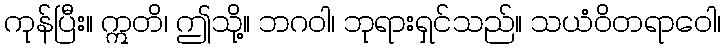
ကုန်ပြီး။ ဣတိ၊ ဤသို့။ ဘဂဝါ၊ ဘုရားရှင်သည်။ သယံဝိတရာဝေါ၊